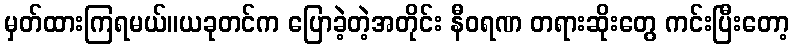
မှတ်ထားကြရမယ်။ယခုတင်က ပြောခဲ့တဲ့အတိုင်း နီဝရဏ တရားဆိုးတွေ ကင်းပြီးတော့